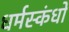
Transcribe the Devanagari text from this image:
धर्मस्कंधों